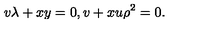
v \lambda + x y = 0 , v + x u \rho ^ { 2 } = 0 .